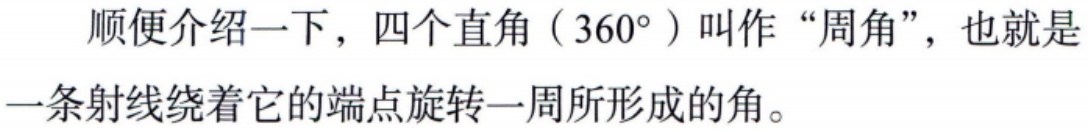
顺便介绍一下，四个直角（\(360^{\circ}\)）叫作“周角”，也就是一条射线绕着它的端点旋转一周所形成的角。